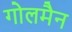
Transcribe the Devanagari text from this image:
गोलमैन